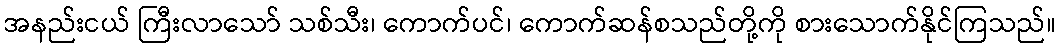
အနည်းငယ် ကြီးလာသော် သစ်သီး၊ ကောက်ပင်၊ ကောက်ဆန်စသည်တို့ကို စားသောက်နိုင်ကြသည်။